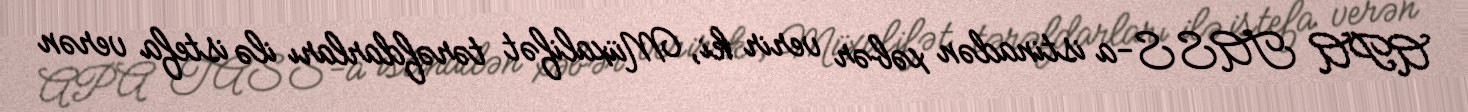
APA TASS-a istinadən xəbər verir ki, Müxalifət tərəfdarları ilə istefa verən